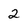
Character: 2